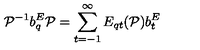
{ \cal P } ^ { - 1 } b _ { q } ^ { E } { \cal P } = \sum _ { t = - 1 } ^ { \infty } E _ { q t } ( { \cal P } ) b _ { t } ^ { E }